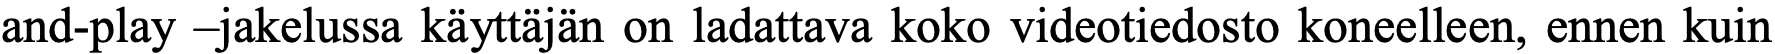
and-play –jakelussa käyttäjän on ladattava koko videotiedosto koneelleen, ennen kuin